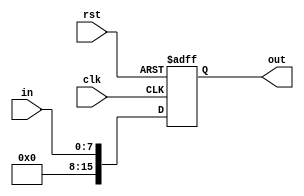
  
`timescale 1ps/1ps

module extend_8_16u (rst, clk, in, out);

    input rst, clk;
    input [7:0] in;
    output [15:0] out;
    reg [15:0] out;

        always @ (negedge rst or posedge clk) begin
          if(!rst) begin
                out <= #1 16'h0000;
          end else
                out <= #1 in;
          end
endmodule